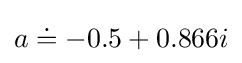
a\doteq -0.5+0.866i